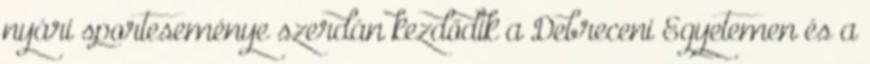
nyári sporteseménye szerdán kezdődik a Debreceni Egyetemen és a